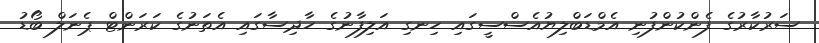
ސަރުކާރުގެ ފެންކުންފުނި އެމްޑަބްލިޔުއެސްސީގައި ހިނގި އަލިފާނުގެ ހާދިސާގައި އެތަނުގެ ކަރަންޓް ޕެނަލް ބޯޑު